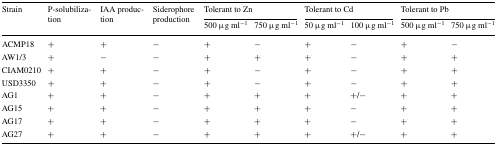
<table><thead><tr><td rowspan="2"><b>Strain</b></td><td rowspan="2"><b>P-solubilization</b></td><td rowspan="2"><b>IAA production</b></td><td rowspan="2"><b>Siderophore production</b></td><td colspan="2"><b>Tolerant to Zn</b></td><td colspan="2"><b>Tolerant to Cd</b></td><td colspan="2"><b>Tolerant to Pb</b></td></tr><tr><td><b>500 μg ml<sup>−1</sup></b></td><td><b>750 μg ml<sup>−1</sup></b></td><td><b>50 μg ml<sup>−1</sup></b></td><td><b>100 μg ml<sup>−1</sup></b></td><td><b>500 μg ml<sup>−1</sup></b></td><td><b>750 μg ml<sup>−1</sup></b></td></tr></thead><tbody><tr><td>ACMP18</td><td>+</td><td>+</td><td>−</td><td>+</td><td>−</td><td>+</td><td>−</td><td>+</td><td>−</td></tr><tr><td>AW1/3</td><td>+</td><td>−</td><td>−</td><td>+</td><td>+</td><td>+</td><td>−</td><td>+</td><td>+</td></tr><tr><td>CIAM0210</td><td>+</td><td>+</td><td>−</td><td>+</td><td>−</td><td>+</td><td>−</td><td>+</td><td>+</td></tr><tr><td>USD3350</td><td>+</td><td>+</td><td>−</td><td>+</td><td>−</td><td>+</td><td>−</td><td>+</td><td>+</td></tr><tr><td>AG1</td><td>+</td><td>+</td><td>−</td><td>+</td><td>+</td><td>+</td><td>+/−</td><td>+</td><td>+</td></tr><tr><td>AG15</td><td>+</td><td>+</td><td>−</td><td>+</td><td>+</td><td>+</td><td>−</td><td>+</td><td>+</td></tr><tr><td>AG17</td><td>+</td><td>+</td><td>−</td><td>+</td><td>+</td><td>+</td><td>−</td><td>+</td><td>+</td></tr><tr><td>AG27</td><td>+</td><td>+</td><td>−</td><td>+</td><td>+</td><td>+</td><td>+/−</td><td>+</td><td>+</td></tr></tbody></table>